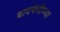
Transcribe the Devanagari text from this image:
बादफेरीच्या